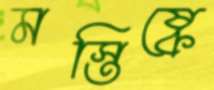
মস্তিষ্কে